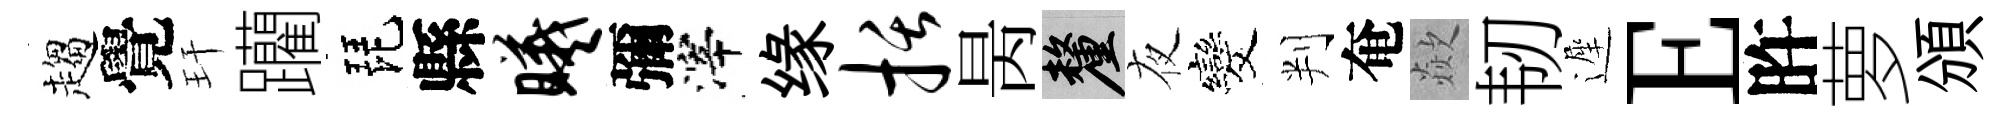
趨覺玕躪琵縣曦彌滓缘括昺厘夜发判奄歘韧遲E旿萝頒